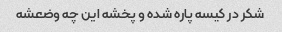
شکر در کیسه پاره شده و پخشه این چه وضعشه